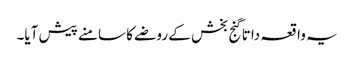
یہ واقعہ داتا گنج بخش کے روضے کا سامنے پیش آیا۔